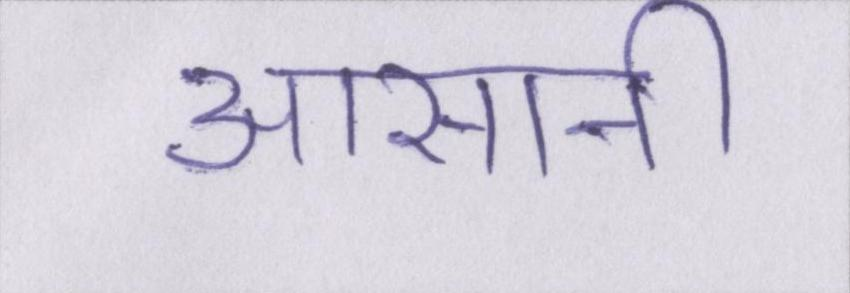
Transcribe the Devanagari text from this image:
आसानी